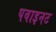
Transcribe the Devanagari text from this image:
पवाइनट